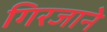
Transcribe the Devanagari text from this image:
गिरजाने